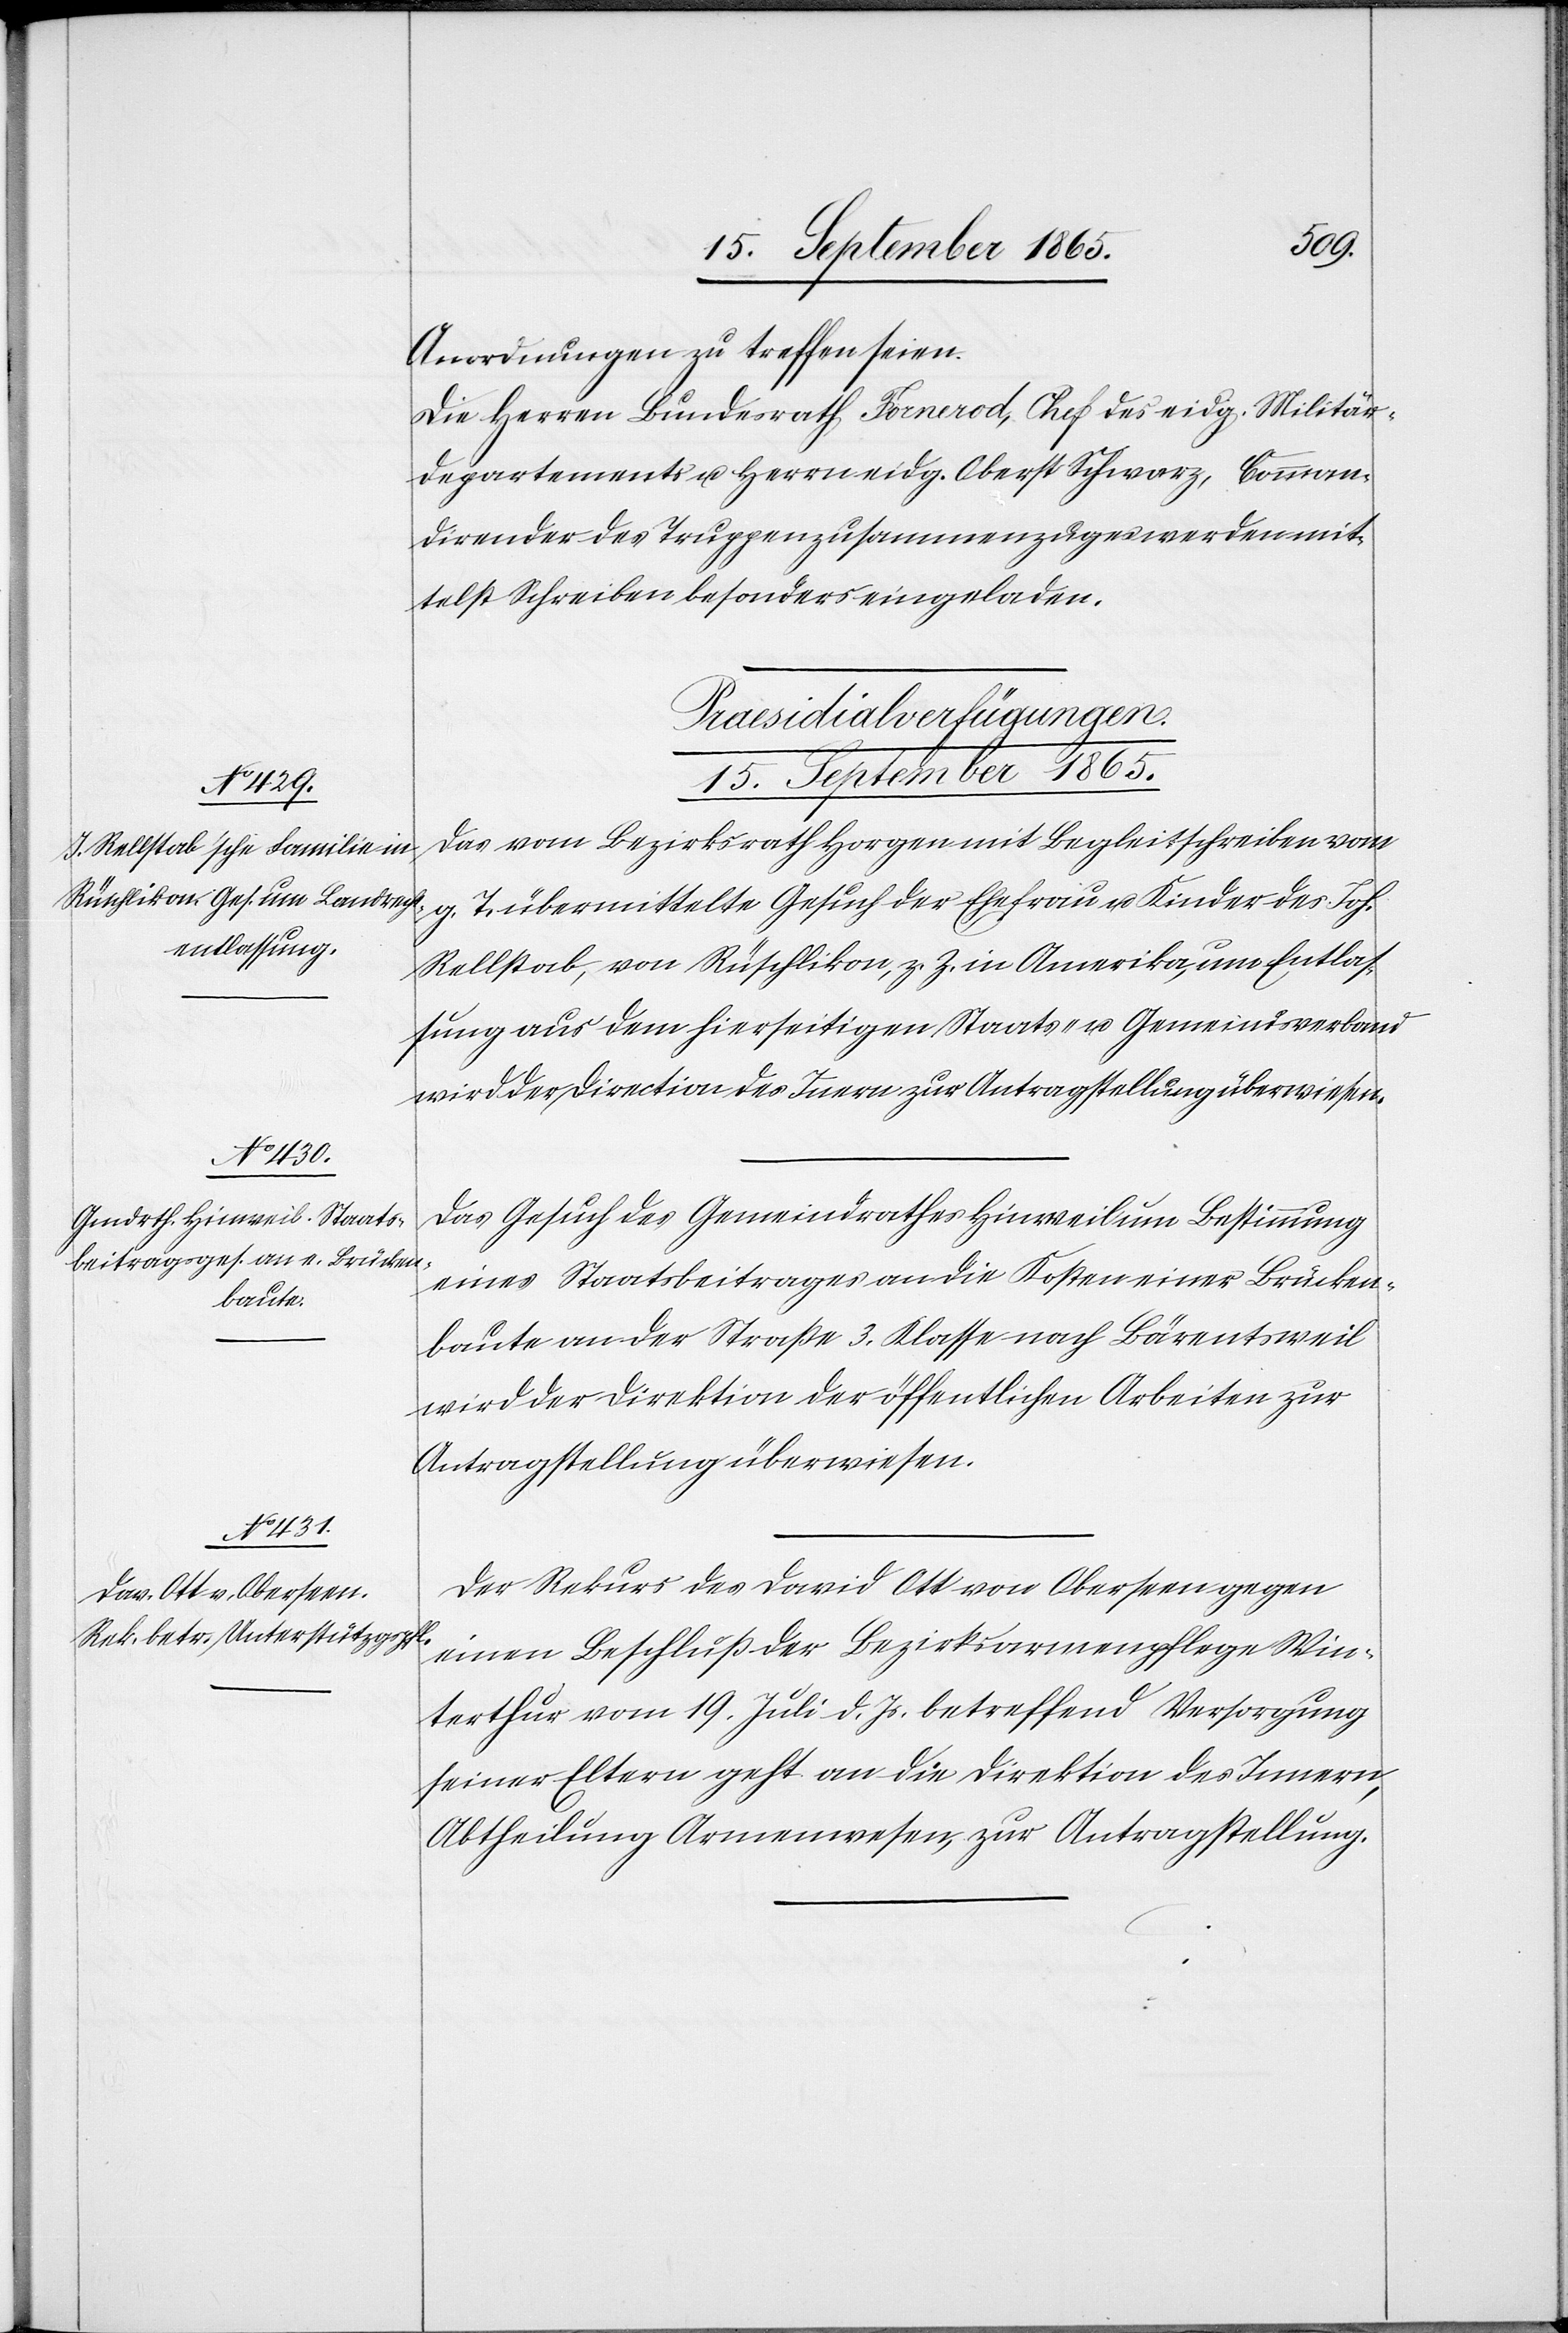
Anordnungen zu treffen seien.
Die Herren Bundesrath Fornerod, Chef des eidg. Militär¬
departements u. Herrn eidg. Oberst Schwarz, Comman¬
dirender des Truppenzusammenzuges werden mit¬
telst Schreiben besonders eingeladen.
[Praesidialverfügungen.
15. September 1865.]
Das vom Bezirksrath Horgen mit Begleitschreiben vom
g. T. übermittelte Gesuch der Ehefrau u. Kinder des Joh.
Rellstab, von Rüschlikon, z. Z. in Amerika, um Entlas¬
sung aus dem hierseitigen Staats- u. Gemeindsverband
wird der Direction des Innern zur Antragstellung überwiesen.
Das Gesuch des Gemeindrathes Hinweil um Bestimmung
eines Staatsbeitrages an die Kosten einer Brücken¬
baute an der Straße 3. Klasse nach Bärentsweil
wird der Direktion der öffentlichen Arbeiten zur
Antragstellung überwiesen.
Der Rekurs des David Ott von Oberseen gegen
einen Beschluß der Bezirksarmenpflege Win¬
terthur vom 19. Juli d. Js. betreffend Versorgung
seiner Eltern geht an die Direktion des Innern,
Abtheilung Armenwesen, zur Antragstellung.